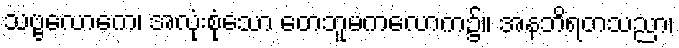
သဗ္ဗလောကေ၊ အလုံးစုံသော တေဘူမကလောက၌။ အနဘိရတသညာ၊